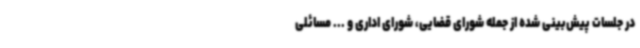
در جلسات پیش‌بینی شده از جمله شورای قضایی، شورای اداری و ... مسائلی